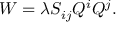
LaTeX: W = \lambda S _ { i j } Q ^ { i } Q ^ { j } .